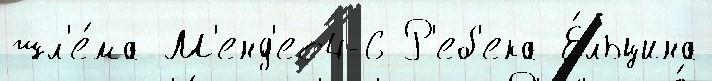
шл'е́ма М'енд'ес4-6 Р'еб'ека Е́льцина